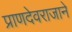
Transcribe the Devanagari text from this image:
प्राणदेवराजाने